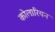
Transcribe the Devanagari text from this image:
कोलारियन